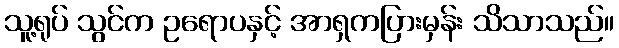
သူ့ရုပ် သွင်က ဥရောပနှင့် အာရှကပြားမှန်း သိသာသည်။